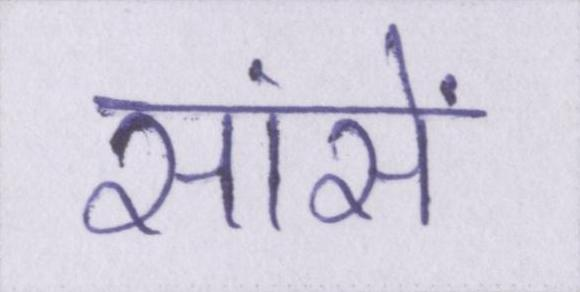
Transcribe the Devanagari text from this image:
सांसें